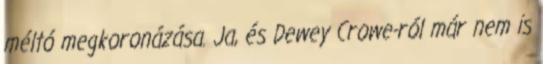
méltó megkoronázása. Ja, és Dewey Crowe-ról már nem is